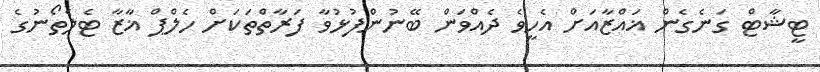
ޓީޝާޓް ގަނެގެން ޣައްޒާއަށް އެހީވެ ދެއްވަން ބޭނުންފުޅުވާ ފަރާތްތަކަށް ހެލްޕް ޣާޒާ ޓެލެތޯނުގެ